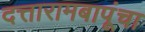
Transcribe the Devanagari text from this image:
दत्तारामबापूंचा